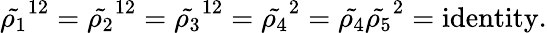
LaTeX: {\tilde{\rho_{1}}}^{12}={\tilde{\rho_{2}}}^{12}={\tilde{\rho_{3}}}^{12}={\tilde{\rho_{4}}}^{2}={\tilde{\rho_{4}}}{\tilde{\rho_{5}}}^{2}=\mathrm{identity}.